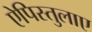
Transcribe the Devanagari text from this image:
ऐपिस्तुलाए